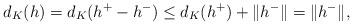
LaTeX: \begin{align*}d_K(h) = d_K(h^+ - h^-) \leq d_K(h^+) + \| h^- \| = \| h^- \|,\end{align*}